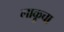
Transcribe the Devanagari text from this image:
लाकूचा